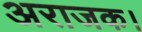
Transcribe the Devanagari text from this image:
अराजक।